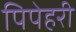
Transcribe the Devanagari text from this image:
पिपेहरी